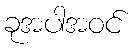
ခုအပါအဝင်